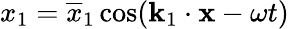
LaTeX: x_{1}=\overline{{x}}_{1}\cos(\mathbf{k}_{1}\cdot\mathbf{x}-\omega t)